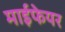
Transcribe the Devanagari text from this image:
माईफेयर